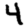
Digit: 4